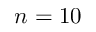
n = 1 0